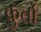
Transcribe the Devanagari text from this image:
कुर्तो